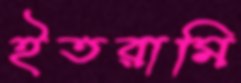
ইতরামি